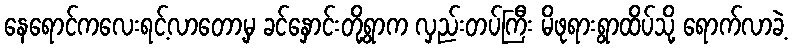
နေရောင်ကလေးရင့်လာတော့မှ ခင်နှောင်းတို့ရွာက လှည်းတပ်ကြီး မိဖုရားရွာထိပ်သို့ ရောက်လာခဲ့